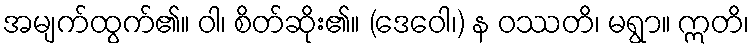
အမျက်ထွက်၏။ ဝါ၊ စိတ်ဆိုး၏။ (ဒေဝေါ၊) န ဝဿတိ၊ မရွာ။ ဣတိ၊